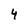
Character: 4